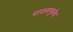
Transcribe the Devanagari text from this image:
पावसामुळेच